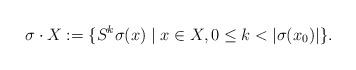
LaTeX: \begin{align*}\sigma \cdot X := \{S^k \sigma(x) \mid x \in X, 0\leq k < |\sigma(x_0)|\}.\end{align*}